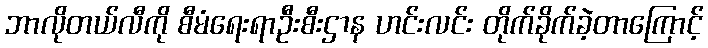
ဘာလိုတယ်လီကို စီမံရေးရာဦးစီးဌာန ဟင်းလင်း တိုက်ခိုက်ခဲ့တာကြောင့်